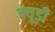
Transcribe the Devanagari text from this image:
क्यूड़ी